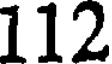
112